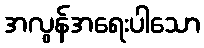
အလွန်အရေးပါသော